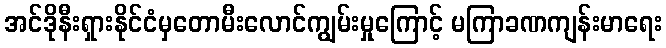
အင်ဒိုနီးရှားနိုင်ငံမှတောမီးလောင်ကျွမ်းမှုကြောင့် မကြာခဏကျန်းမာရေး